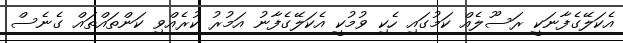
އެކަލޭގެފާނަކީ ރަސޫލެއް ކަމުގައި ހެކި ވުމުކީ އެކަލޭގެފާނު އަމުރު ކުރެއްވި ކަންތައްތައް ގެނެސް